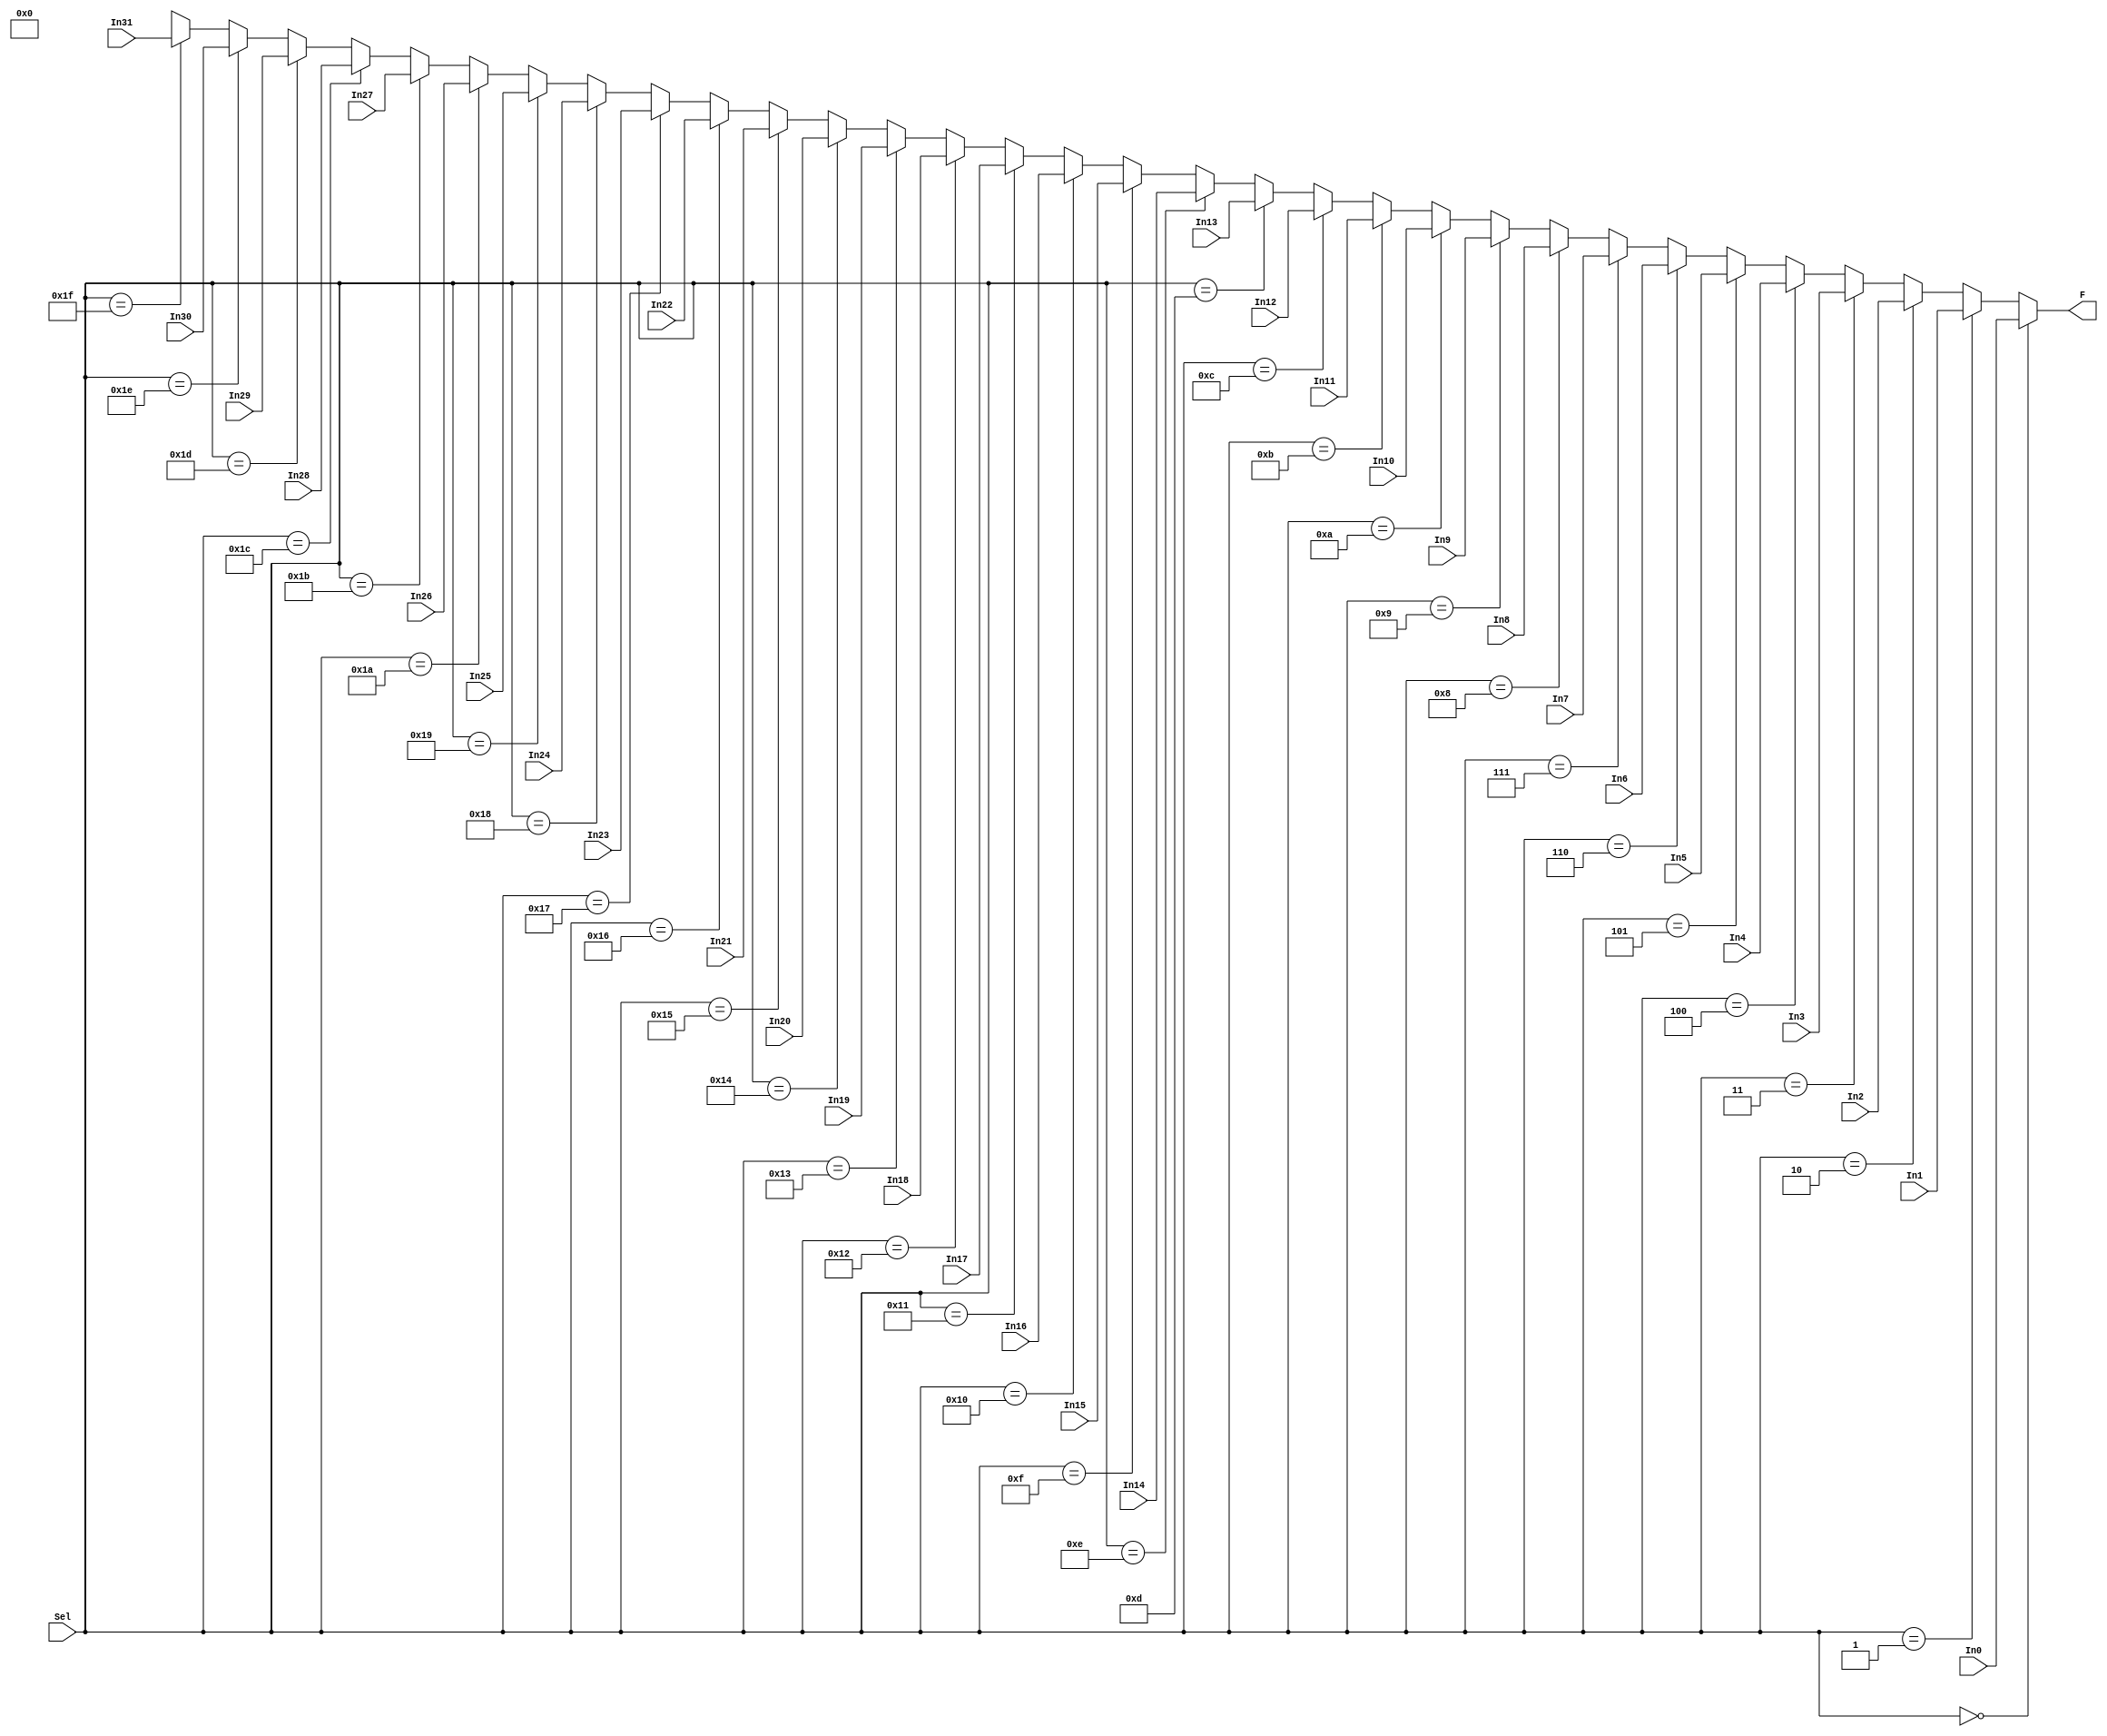
`timescale 1ns / 1ps
//////////////////////////////////////////////////////////////////////////////////
// Company: 
// Engineer: 
// 
// Design Name: 
// Module Name:    MUX 
// Project Name: 
// Target Devices: 
// Tool versions: 
// Description: 
//
// Dependencies: 
//
// Revision: 
// Revision 0.01 - File Created
// Additional Comments: 
//
//////////////////////////////////////////////////////////////////////////////////
module MUX(
    input wire [31:0] In0, In1, In2, In3, In4, In5, In6, In7, In8, In9, In10, In11, In12, In13, In14, In15, In16, In17, In18, In19, In20, In21, In22, In23, In24, In25, In26, In27, In28, In29, In30, In31,
    input wire [4:0] Sel,
    output wire [31:0] F  //MUX output
    );
	 
	 assign F = (Sel == 5'b00000)? In0:
	            (Sel == 5'b00001)? In1:
					(Sel == 5'b00010)? In2:
					(Sel == 5'b00011)? In3:
					(Sel == 5'b00100)? In4:
					(Sel == 5'b00101)? In5:
					(Sel == 5'b00110)? In6:
					(Sel == 5'b00111)? In7:
					(Sel == 5'b01000)? In8:
					(Sel == 5'b01001)? In9:
					(Sel == 5'b01010)? In10:
					(Sel == 5'b01011)? In11:
					(Sel == 5'b01100)? In12:
					(Sel == 5'b01101)? In13:
					(Sel == 5'b01110)? In14:
					(Sel == 5'b01111)? In15:
					(Sel == 5'b10000)? In16:
					(Sel == 5'b10001)? In17:
					(Sel == 5'b10010)? In18:
					(Sel == 5'b10011)? In19:
					(Sel == 5'b10100)? In20:
					(Sel == 5'b10101)? In21:
					(Sel == 5'b10110)? In22:
					(Sel == 5'b10111)? In23:
					(Sel == 5'b11000)? In24:
					(Sel == 5'b11001)? In25:
					(Sel == 5'b11010)? In26:
					(Sel == 5'b11011)? In27:
					(Sel == 5'b11100)? In28:
					(Sel == 5'b11101)? In29:
					(Sel == 5'b11110)? In30:
					(Sel == 5'b11111)? In31:
					5'bx; //unknown select
					
					
		
endmodule